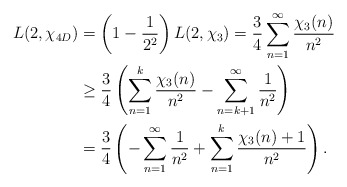
\begin{align*}L(2,\chi_{4D}) &= \left(1 - \frac{1}{2^2}\right)L(2,\chi_{3}) = \frac{3}{4}\sum_{n=1}^\infty\frac{\chi_{3}(n)}{n^2} \\&\geq \frac{3}{4}\left(\sum_{n=1}^k\frac{\chi_{3}(n)}{n^2} - \sum_{n=k+1}^\infty\frac{1}{n^2}\right) \\&= \frac{3}{4}\left(-\sum_{n=1}^\infty\frac{1}{n^2} + \sum_{n=1}^k\frac{\chi_3(n) + 1}{n^2}\right).\end{align*}